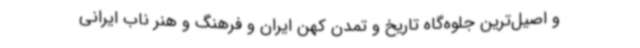
و اصیل‌ترین جلوه‌گاه تاریخ و تمدن کهن ایران و فرهنگ و هنر ناب ایرانی